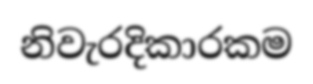
නිවැරදිකාරකම